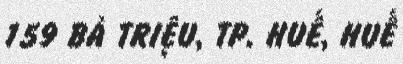
159 BÀ TRIỆU, TP. HUẾ, HUẾ